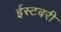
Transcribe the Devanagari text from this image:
ईस्टबरी